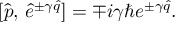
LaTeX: [ \hat { p } , \, \hat { e } ^ { \pm \gamma \hat { q } } ] = \mp i \gamma \hbar e ^ { \pm \gamma \hat { q } } .